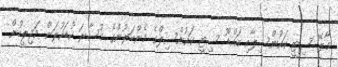
މާލޭ ސިޓީ ކައުންސިލާއި އައްޑޫ ސިޓީ ކައުންސިލްގެ މެންބަރުންގެ މުސާރަ ކުޑަކުރަން މަޖިލީހުން